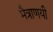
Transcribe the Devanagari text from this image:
मैत्राणयी